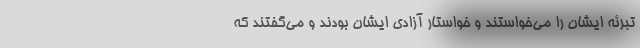
تبرئه ایشان را می‌خواستند و خواستار آزادی ایشان بودند و می‌گفتند که